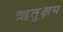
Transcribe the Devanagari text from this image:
ऋतुक्षय